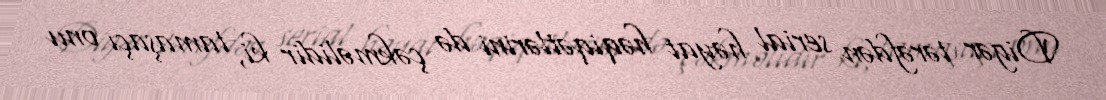
Digər tərəfdən serial həyat həqiqətlərini də çəkməlidir ki, tamaşaçı onu